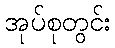
အုပ်စုတွင်း